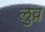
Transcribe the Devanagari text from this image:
लुव्र